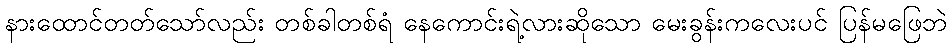
နားထောင်တတ်သော်လည်း တစ်ခါတစ်ရံ နေကောင်းရဲ့လားဆိုသော မေးခွန်းကလေးပင် ပြန်မဖြေဘဲ